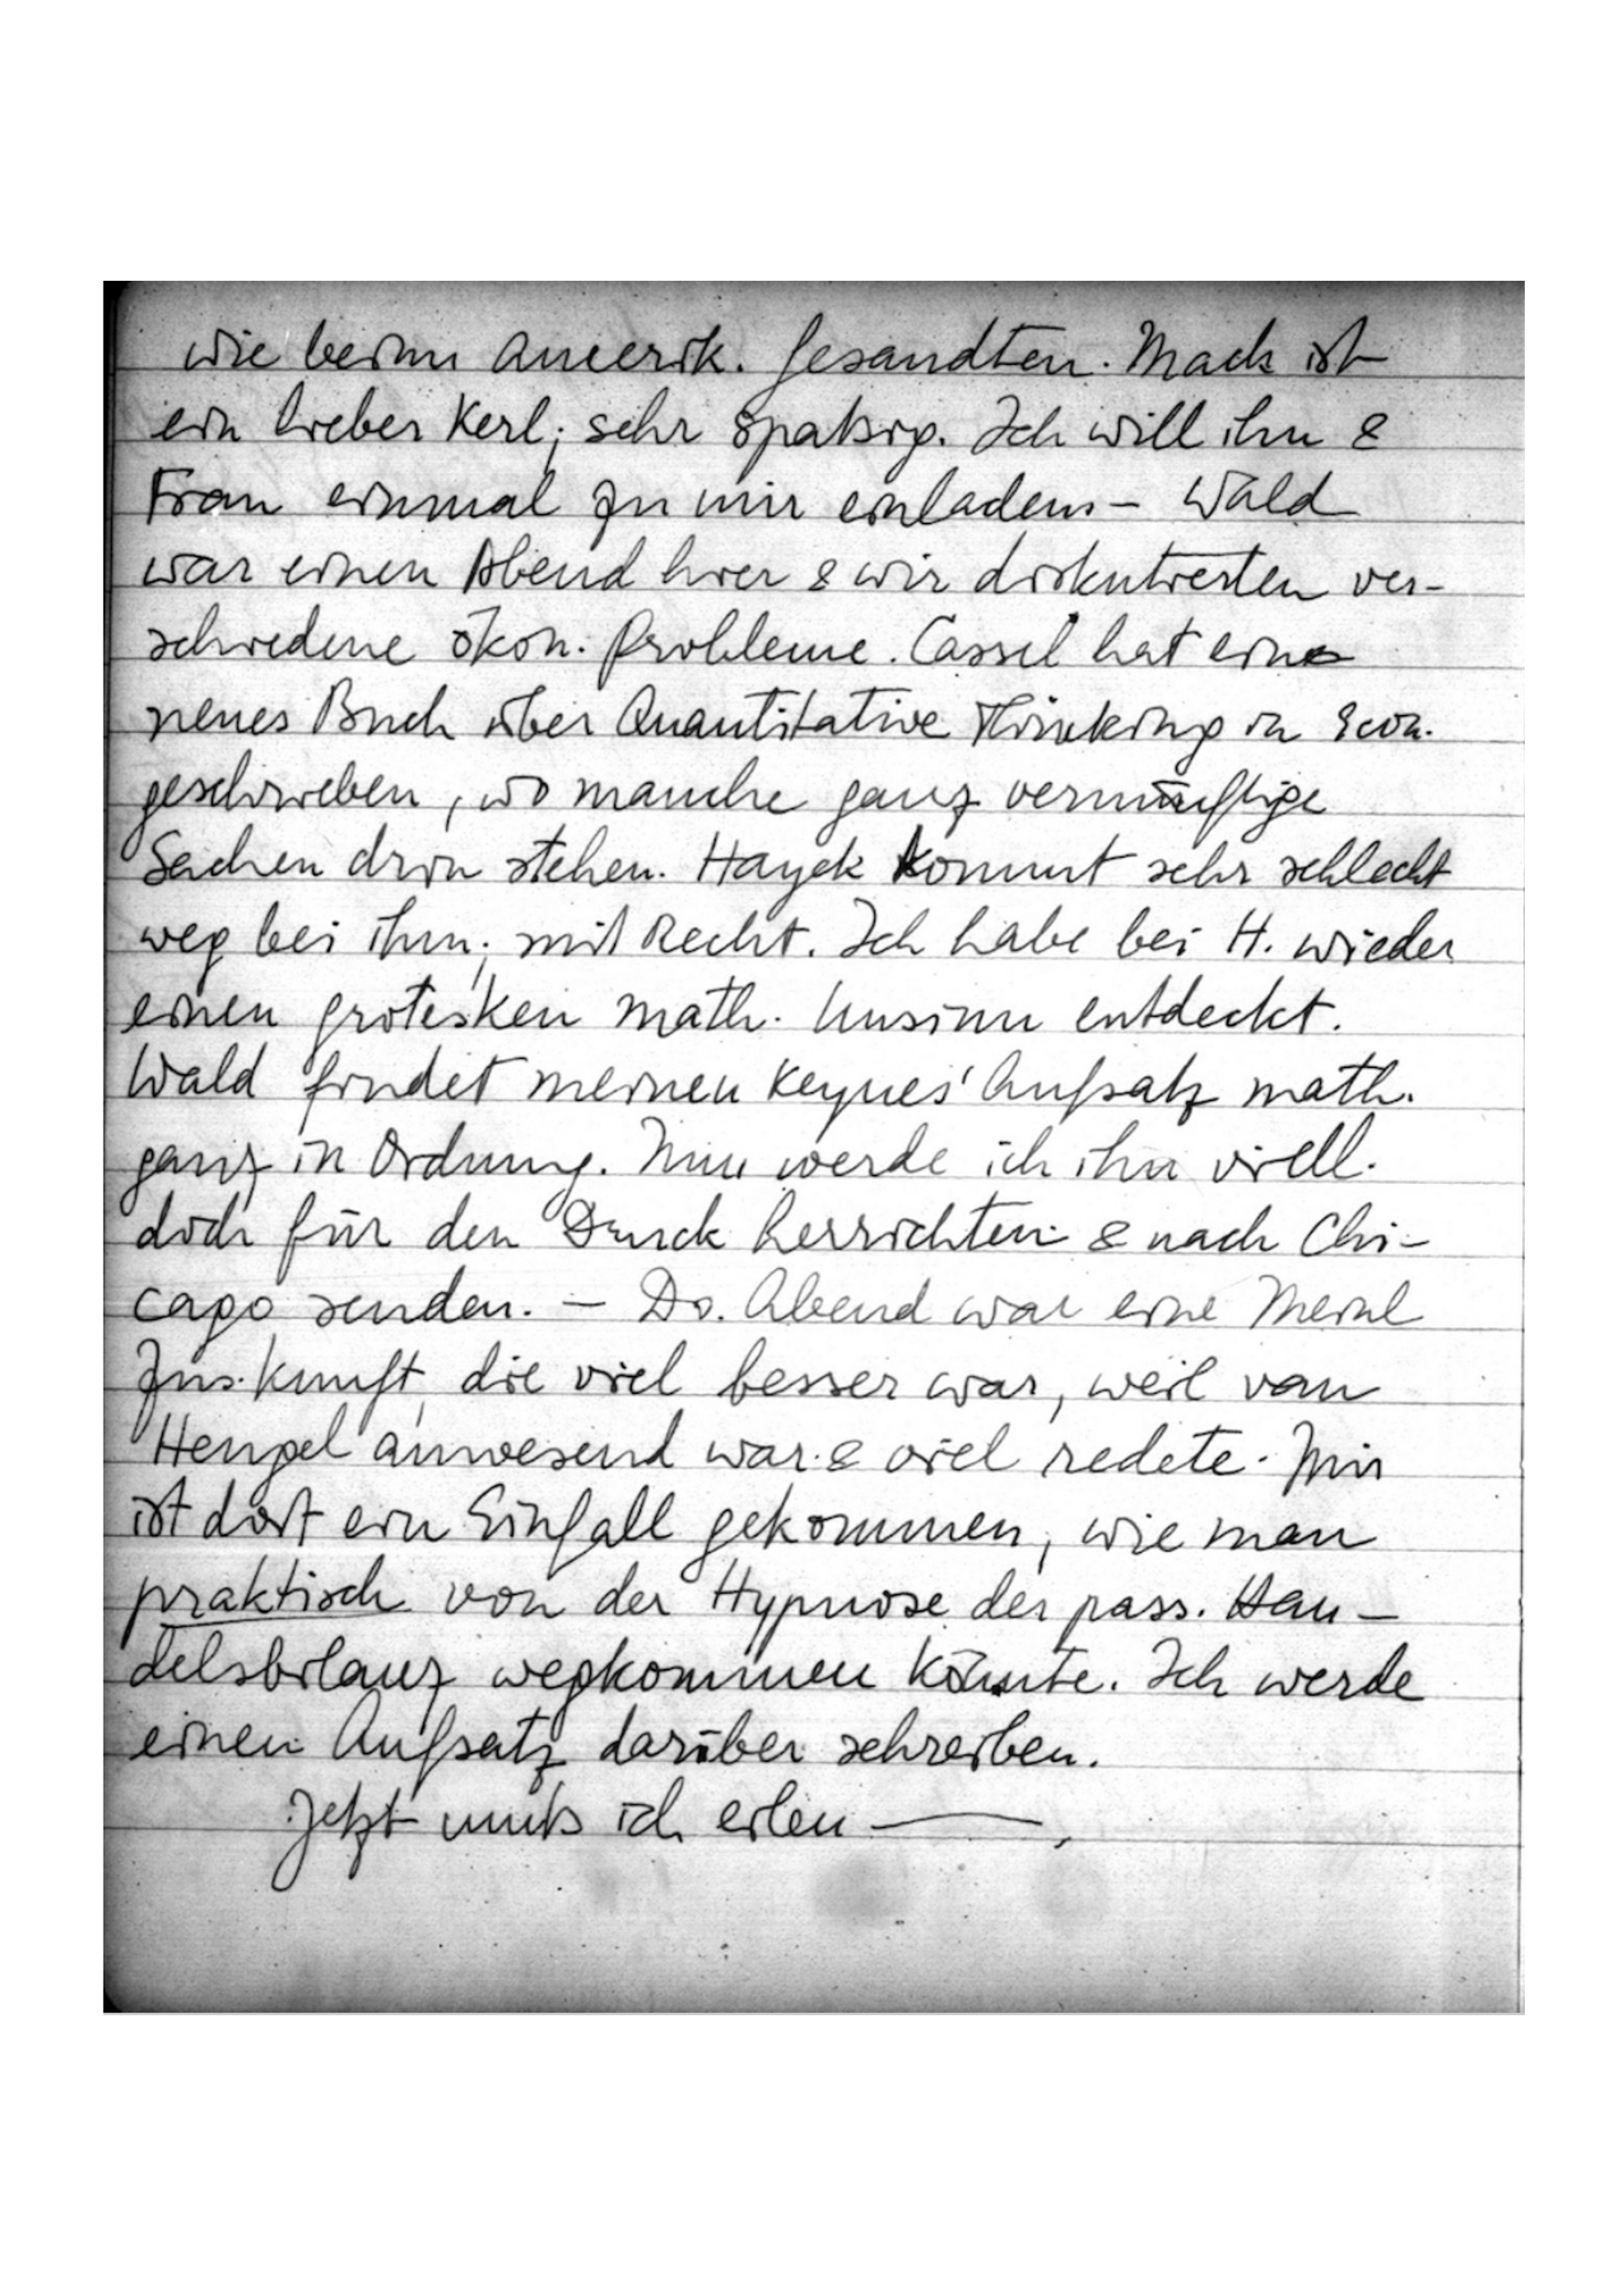
wie beim amerik. Gesandten. Mack ist
ein lieber Kerl, sehr spaßig. Ich will ihn
& Frau einmal zu mir einladen. – Wald
war einen Abend hier & wir diskutierten ver
schiedene ökon. Probleme. Cassel hat ein
neues Buch über Quantitative Thinkin in Econ.
geschrieben, wo manche ganz vernünftige
Sachen drin stehen. Hayek kommt sehr schlecht
weg bei ihm, mit Recht. Ich habe bei H. wieder
einen grotesken math. Unsinn entdeckt.
Wald findet meinen Keynes‘ Aufsatz math.
ganz in Ordnung. Nun werde ich ihn viell.
doch für den Druck herrichten & nach Chi
cago senden. – Do. Abend war eine Meinl
Zus.kunft, die viel besser war, weil van
Heugel anwesend war & viel redete. Mir
ist dort ein Einfall gekommen, wie man
praktisch von der Hypnose der pass. Han
delsbilanz wegkommen könnte. Ich werde
einen Aufsatz darüber schreiben.
Jetzt muß ich eilen-.